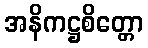
အနိကဋ္ဌစိတ္တော